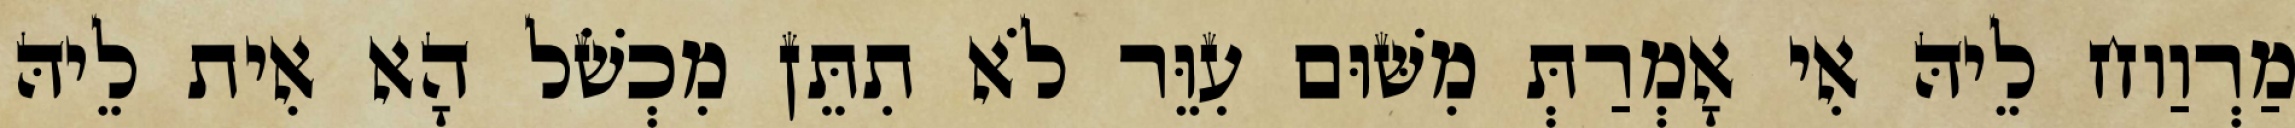
מַרְוַוח לֵיהּ אִי אָמְרַתְּ מִשּׁוּם עִוֵּר לֹא תִתֵּן מִכְשֹׁל הָא אִית לֵיהּ